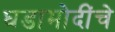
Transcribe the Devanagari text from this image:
घडामोदींचे